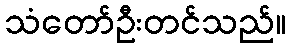
သံတော်ဦးတင်သည်။